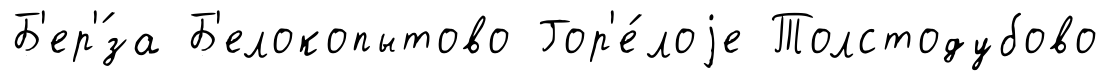
Б'ер'́за Б'елокопытово Гор'е́лоjе Толстодубово